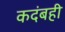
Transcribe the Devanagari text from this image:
कदंबही